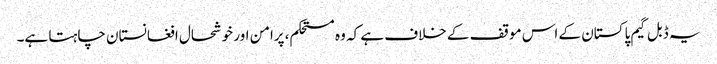
یہ ڈبل گیم پاکستان کے اس موقف کے خلاف ہے کہ وہ مستحکم، پرامن اور خوشحال افغانستان چاہتا ہے۔